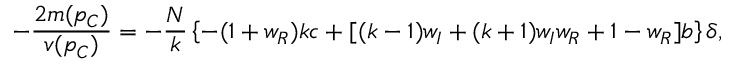
- \frac { 2 m ( p _ { C } ) } { v ( p _ { C } ) } = - \frac { N } { k } \left\{ - ( 1 + w _ { R } ) k c + [ ( k - 1 ) w _ { I } + ( k + 1 ) w _ { I } w _ { R } + 1 - w _ { R } ] b \right\} \delta ,